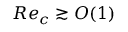
R e _ { c } \gtrsim O ( 1 )